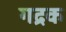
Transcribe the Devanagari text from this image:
गद्रक